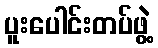
ပူးပေါင်းတပ်ဖွဲ့